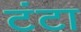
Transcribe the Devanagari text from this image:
टंटा